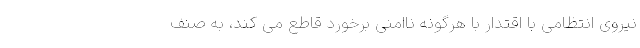
نیروی انتظامی با اقتدار با هرگونه ناامنی برخورد قاطع می کند، به صنف